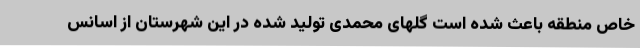
خاص منطقه باعث شده است گلهای محمدی تولید شده در این شهرستان از اسانس